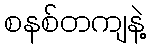
စနစ်တကျနဲ့